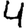
Digit: 4